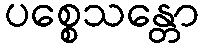
ပစ္စေသန္တော